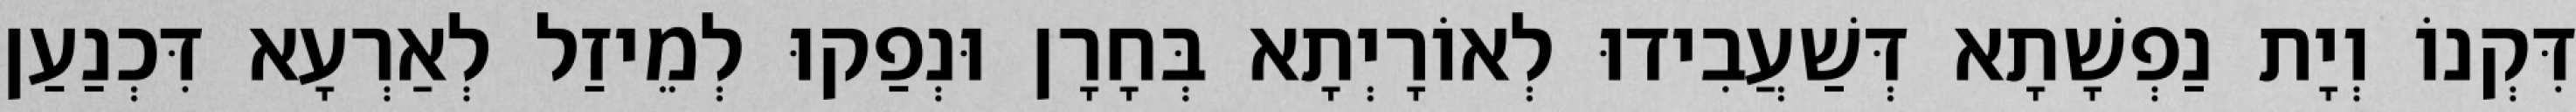
דִּקְנוֹ וְיָת נַפְשָׁתָא דְּשַׁעֲבִידוּ לְאוֹרָיְתָא בְּחָרָן וּנְפַקוּ לְמֵיזַל לְאַרְעָא דִּכְנַעַן